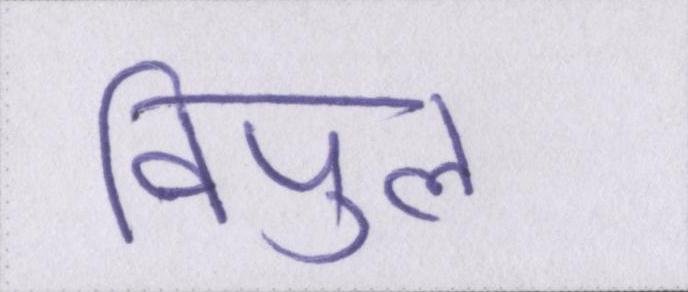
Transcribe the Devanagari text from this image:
विपुल